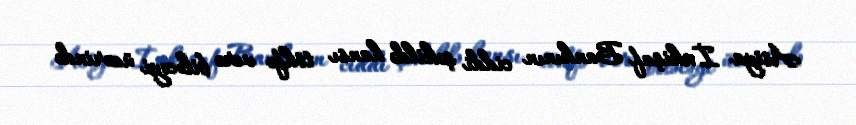
Asiya İnkişaf Bankının ciddi şəkildə hansı töhfə verə biləcəyi üzərində